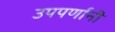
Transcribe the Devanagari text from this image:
उपपर्णानी